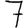
Digit: 7